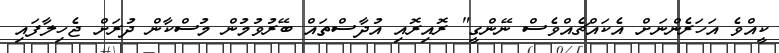
ކީއްވެ އަހަރެންނަށް އެކައްޗެއްވެސް ނޭންގީ" ރޮއިރޮއި އުދާސްތައް ބޭރުވުމުން މުސްކާން ދުރަށް ޖެހިލާފައި